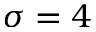
\sigma = 4